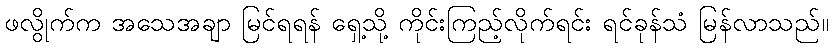
ဖလွိုက်က အသေအချာ မြင်ရရန် ရှေ့သို့ ကိုင်းကြည့်လိုက်ရင်း ရင်ခုန်သံ မြန်လာသည်။